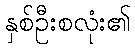
နှစ်ဦးစလုံး၏